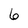
Character: 6